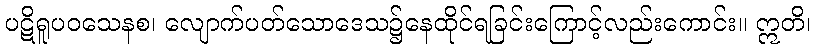
ပဋိရူပဝသေနစ၊ လျောက်ပတ်သောဒေသ၌နေထိုင်ရခြင်းကြောင့်လည်းကောင်း။ ဣတိ၊